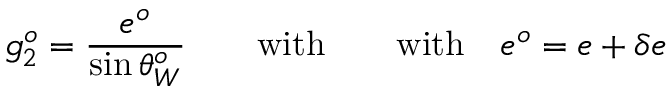
g _ { 2 } ^ { o } = { \frac { e ^ { o } } { \sin \theta _ { W } ^ { o } } } \qquad \mathrm { w i t h } \qquad \mathrm { w i t h } \quad e ^ { o } = e + \delta e